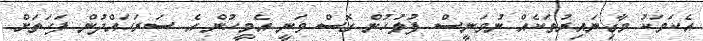
އެކަމަކު މާގިނައިރުތަކެއް ނުވަނީސް ފުލުހުން ގޮސް ވަނީ އެމީހުން އެ ސަރަހައްދުން ފަހަތަށް